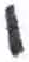
אות: י